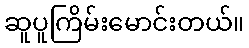
ဆူပူကြိမ်းမောင်းတယ်။